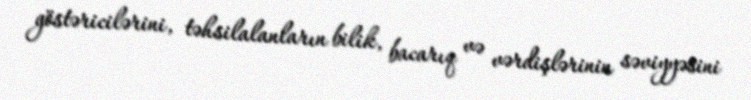
göstəricilərini, təhsilalanların bilik, bacarıq və vərdişlərinin səviyyəsini